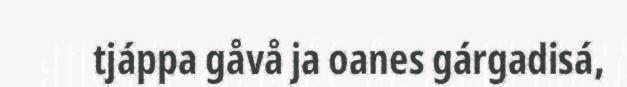
tjáppa gåvå ja oanes gárgadisá,